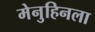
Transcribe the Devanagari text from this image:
मेनुहिनला